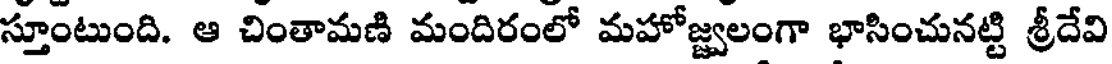
స్తూంటుంది. ఆ చింతామణి మందిరంలో మహోజ్జ్వలంగా భాసించునట్టి శ్రీదేవి